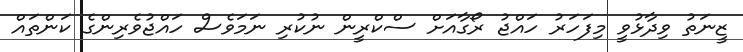
ޒީނަތު ވިދާޅުވީ މިފަހަރު ހައްޖު ރޯގާއަށް ސްކްރީން ނުކުރި ނަމަވެސް ހައްޖުވެރިންގެ ކަންތައް